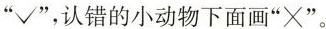
”√”，认错的小动物下面画"×"。